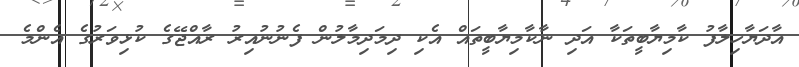
އާދަޔާހިލާފު ކާމިޔާބީތަކާ އަދި ނާކާމިޔާބީތައް އެކި ދިމަދިމާލުން ފެނުނުއިރު ރާއްޖޭގެ ކުޅިވަރުގެ އެންމެ